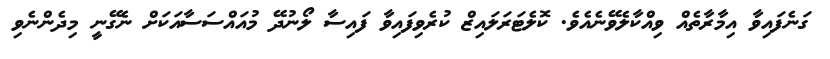
ގަނެފައިވާ އިމާރާތެއް ވިއްކާލެވޭނެއެވެ. ކޮލެޓަރަލައިޒް ކުރެވިފައިވާ ފައިސާ ލޯނުދޭ މުއައްސަސާއަކަށް ނެގޭނީ މިދެންނެވި